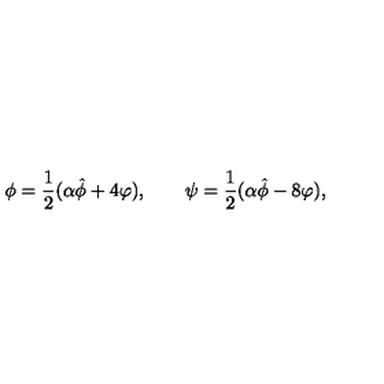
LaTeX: \phi = \frac 1 2 ( \alpha \hat { \phi } + 4 \varphi ) , \qquad \psi = \frac 1 2 ( \alpha \hat { \phi } - 8 \varphi ) ,